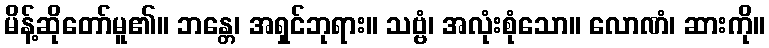
မိန့်ဆိုတော်မူ၏။ ဘန္တေ၊ အရှင်ဘုရား။ သဗ္ဗံ၊ အလုံးစုံသော။ လောဏံ၊ ဆားကို။